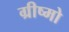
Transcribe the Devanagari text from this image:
ग्रीष्मो